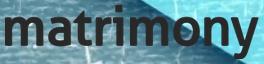
matrimony